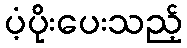
ပံ့ပိုးပေးသည့်